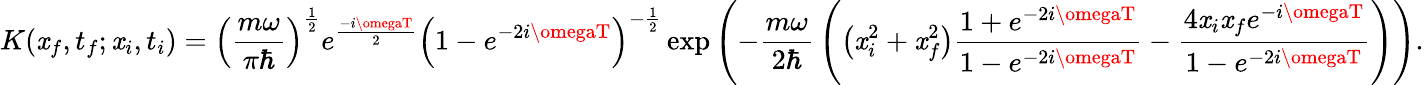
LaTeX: K(\mathit{x}_{f},t_{f};\mathit{x}_{i},t_{i})=\left({\frac{{m\omega}}{{\pi\hbar}}}\right)^{\frac{{1}}{{2}}}e^{\frac{{-i\omegaT}}{{2}}}\left(1-e^{-2i\omegaT}\right)^{-{\frac{{1}}{{2}}}}\exp{\left(-{\frac{{m\omega}}{{2\hbar}}}\left(\left(\mathit{x}_{i}^{2}+\mathit{x}_{f}^{2}\right){\frac{{1+e^{-2i\omegaT}}}{{1-e^{-2i\omegaT}}}}-{\frac{{4\mathit{x}_{i}\mathit{x}_{f}e^{-i\omegaT}}}{{1-e^{-2i\omegaT}}}}\right)\right)}.